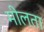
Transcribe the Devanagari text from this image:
मीलता